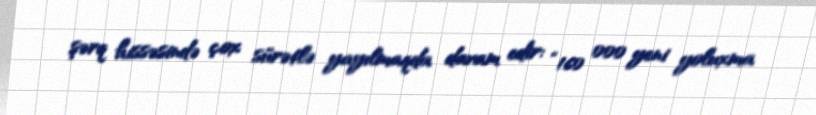
şərq hissəsində çox sürətlə yayılmaqda davam edir: “160 000 yeni yoluxma